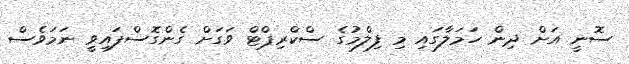
ސޮނީ އަށް ދިން ހަމަލާގައި މި ފިލްމުގެ ސްކްރިޕްޓް ވަގަށް ގެންގޮސްފައިވީ ނަމަވެސް